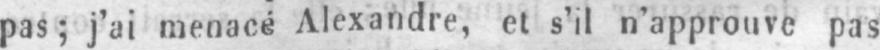
pas; j’ai menacé Alexandre, et s’il n’approuve pas